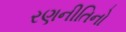
રણનીતિનો